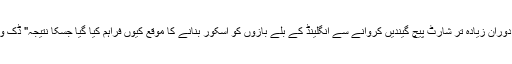
لہذا 4وکٹیں بچانے کا کیا فائدہ ہوا ایک طرف یہ غور طلب رہا اور دوسری طرف باؤلنگ کے دوران زیادہ تر شارٹ پیچ گیندیں کروانے سے انگلینڈ کے بلے بازوں کو اسکور بنانے کا موقع کیوں فراہم کیا گیا جسکا نتیجہ" ڈک ورتھ لوئیس سسٹم" کے لگنے سے پہلے ہی انگلینڈ کے حق میں واضح نظر آنا شروع ہو گیا تھا۔